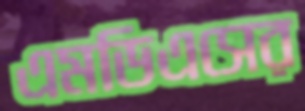
এমডিএসের